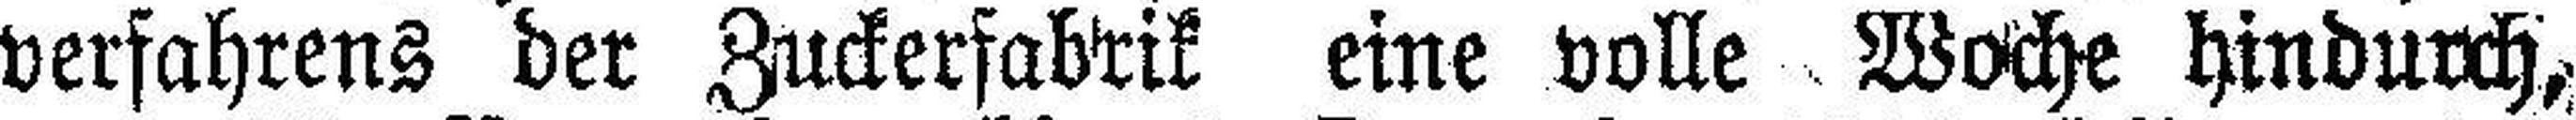
verfahrens der Zuckerfabrik eine volle Woche hindurch,